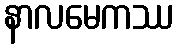
နာလမေကဿ